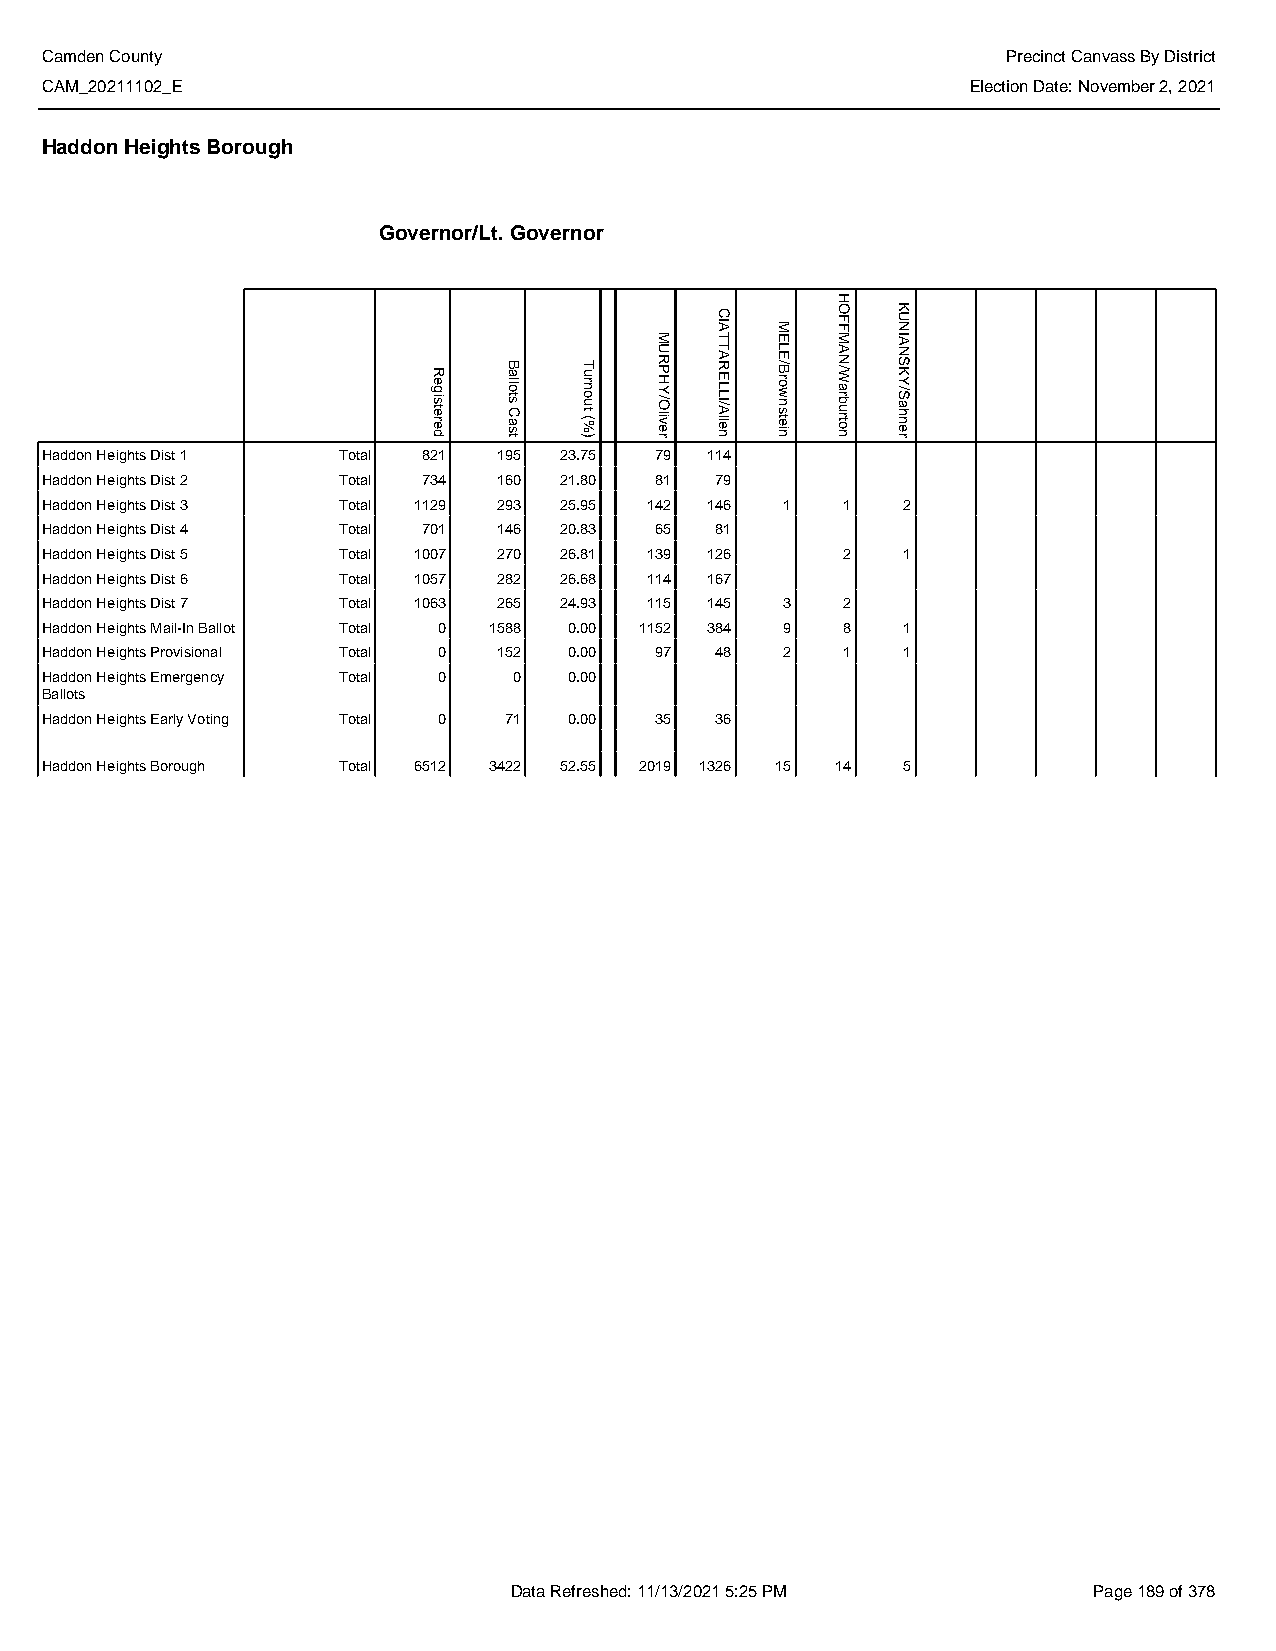
Camden County                                                   Precinct Canvass By District
 CAM_20211102_E                                               Election Date: November 2, 2021
 Haddon Heights Borough
 Governor/Lt. Governor
 Haddon Heights Dist 1 Total 821 195 23.75 79 114
 Haddon Heights Dist 2 Total 734 160 21.80 81 79
 Haddon Heights Dist 3 Total 1129 293 25.95 142 146 1 1   2
 Haddon Heights Dist 4 Total 701 146 20.83 65 81
 Haddon Heights Dist 5 Total 1007 270 26.81 139 126   2   1
 Haddon Heights Dist 6 Total 1057 282 26.68 114 167
 Haddon Heights Dist 7 Total 1063 265 24.93 115 145 3 2
 Haddon Heights Mail-In Ballot Total 0 1588 0.00 1152 384 9 8 1
 Haddon Heights Provisional Total 0 152 0.00 97 48 2  1   1
 Haddon Heights Emergency Total 0 0 0.00
 Ballots
 Haddon Heights Early Voting Total 0 71 0.00 35 36
 Haddon Heights Borough Total 6512 3422 52.55 2019 1326 15 14 5
 Data Refreshed: 11/13/2021 5:25 PM    Page 189 of 378
 Registered
 Ballots
 Cast
 Turnout
 (%)
 MURPHY/Oliver
 CIATTARELLI/Allen
 MELE/Brownstein
 HOFFMAN/Warburton
 KUNIANSKY/Sahner